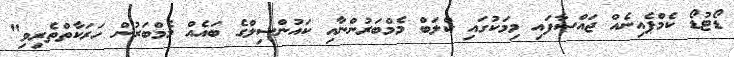
ޑޯޓުޑޯ ކެމްޕެއިނެއް ޖައްސާފައި މިމަކުގައި ކްލަބް މެމްބަރުންނާއި ކައުންސިލްގެ ބައެއް މެމްބަރުން ހަރަކާތްތެރިވި"